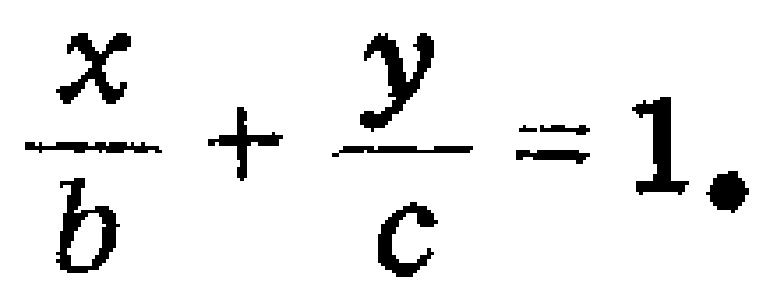
$\frac{x}{b}+\frac{y}{c}=1.$